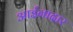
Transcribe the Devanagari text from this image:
आईनादार